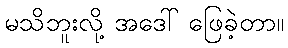
မသိဘူးလို့ အဒေါ် ဖြေခဲ့တာ။